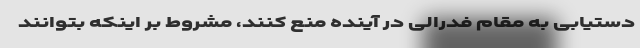
دستیابی به مقام فدرالی در آینده منع کنند، مشروط بر اینکه بتوانند